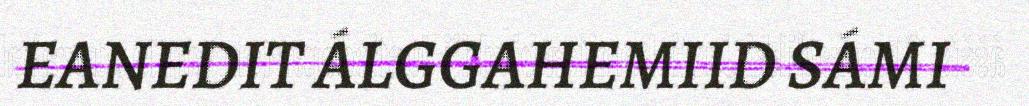
EANEDIT ÁLGGAHEMIID SÁMI